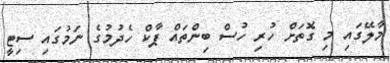
މާލޭގައި މި ގޮތަށް ހުރި ހުސް ބިންތައް ޕާކް ހެދުމުގެ ނަމުގައި ސިޓީ